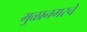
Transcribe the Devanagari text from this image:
मुळानगरचे